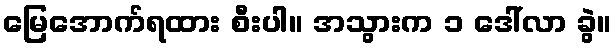
မြေအောက်ရထား စီးပါ။ အသွားက ၁ ဒေါ်လာ ခွဲ။